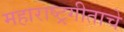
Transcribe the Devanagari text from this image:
महाराष्ट्रगीताचे